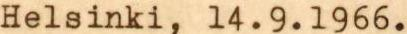
Helsinki, 14.9.1966.